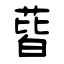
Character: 蒈